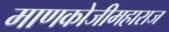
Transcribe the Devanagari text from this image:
माणकोजीमहाराज